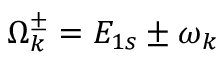
\Omega _ { k } ^ { \pm } = { E } _ { 1 s } \pm \omega _ { k }